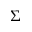
\Sigma